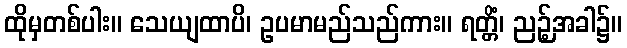
ထိုမှတစ်ပါး။ သေယျထာပိ၊ ဥပမာမည်သည်ကား။ ရတ္တိံ၊ ညဉ့်အခါ၌။